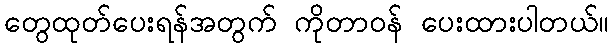
တွေထုတ်ပေးရန်အတွက် ကိုတာဝန် ပေးထားပါတယ်။